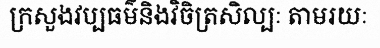
ក្រសួងវប្បធម៌និងវិចិត្រសិល្បៈ តាមរយៈ